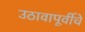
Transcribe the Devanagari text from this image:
उठावापूर्वीचे